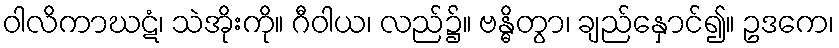
ဝါလိကာဃဋံ၊ သဲအိုးကို။ ဂီဝါယ၊ လည်၌။ ဗန္ဓိတွာ၊ ချည်နှောင်၍။ ဥဒကေ၊